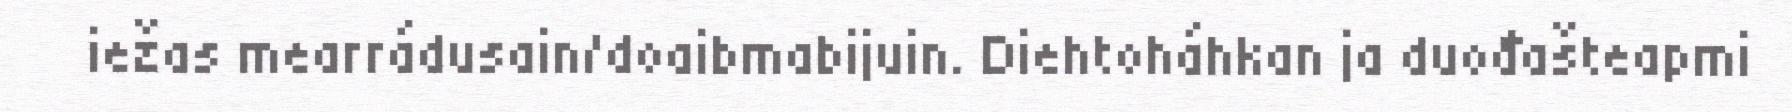
iežas mearrádusain/doaibmabijuin. Diehtoháhkan ja duođašteapmi